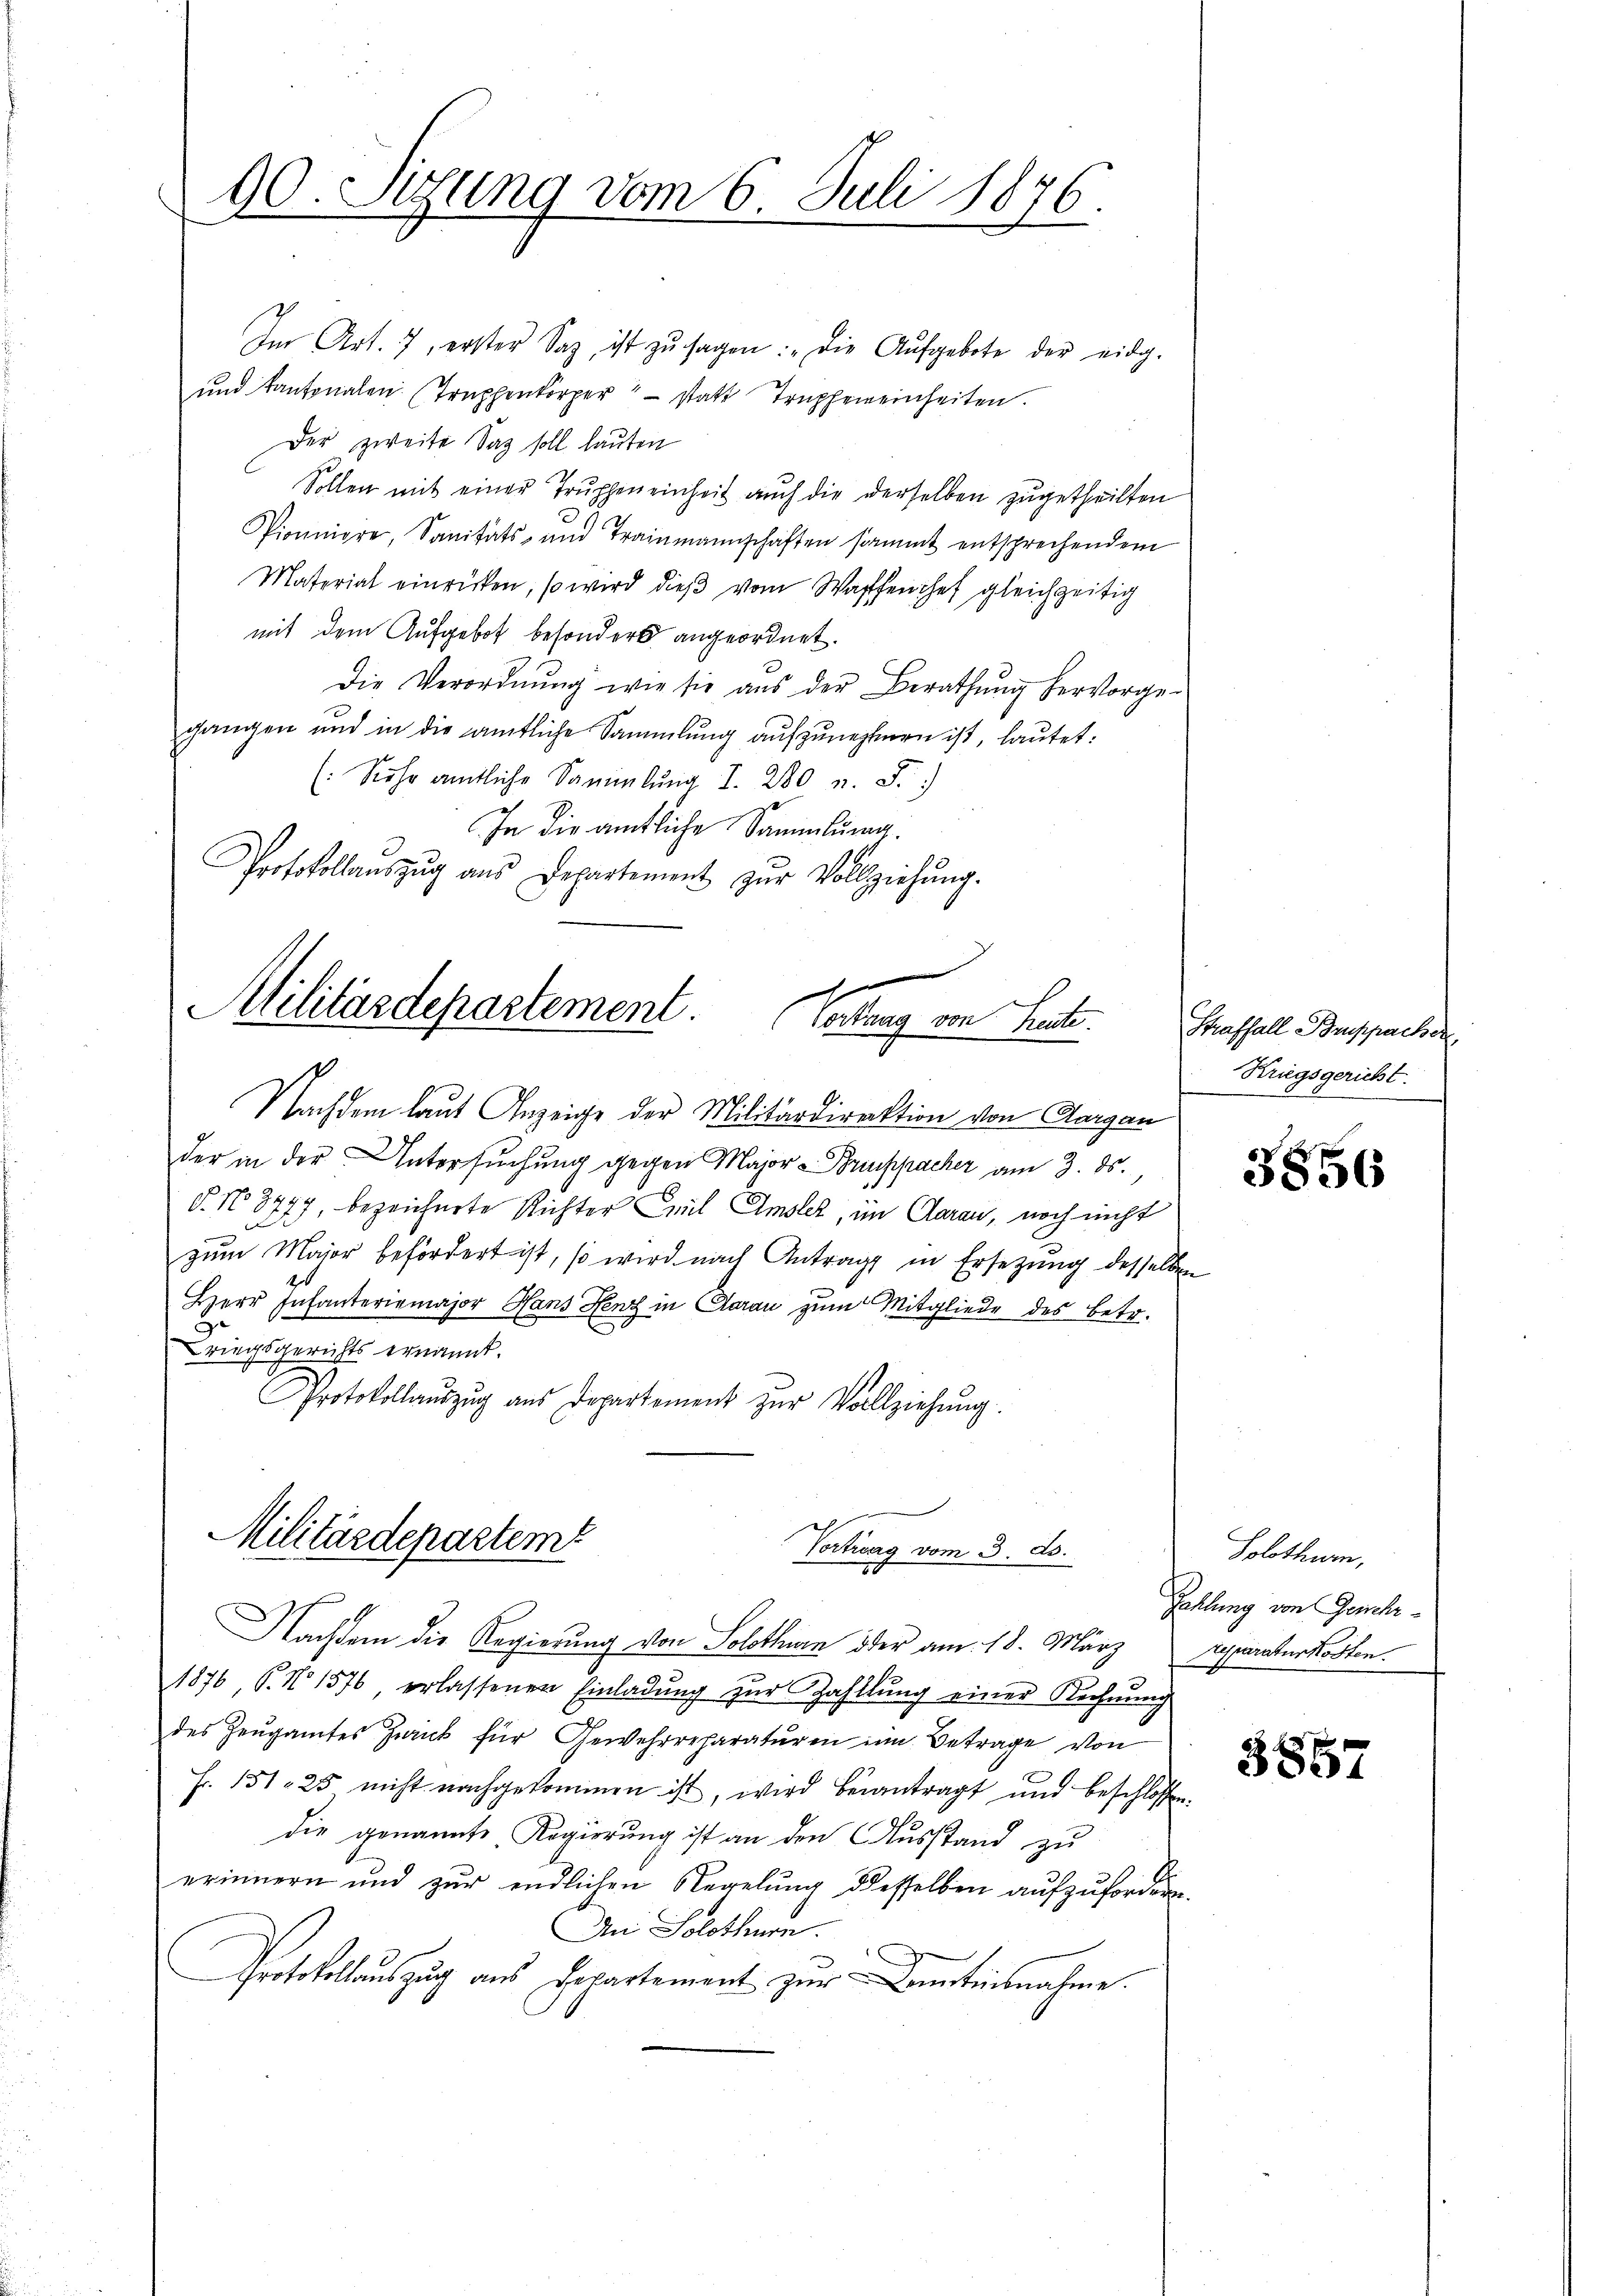
60 Sutung vom 6. Juli 1876
2

Im Art. 7, erster Sag, ist zŭ sagen: „Die Aŭfgebote der eidg.
und Kantonalen Traphenkörper statt Truphemeinheiten.
Der zweite Sag soll lauten
Sollen mit einer Truppeneinheit auch die derselben zugetheilten
Pionniere, Sanitäts- und Trainmannschaften sammt entsprechendem
Material einrücken, so wird dieβ vom Waffenchef gleichzeitig
mit dem Aufgebot besonders angeordnet.
Die Verordnŭng wie sie aŭs der Berathŭng hervorge-
gangen und in die amtliche Sammlung aufzunehmen ist, lautet:
(Sehr amtliche Sammlung I. 280 n. F.
In die amtliche Sammlung.
Protokollaŭszŭg aŭs Departement zŭr Vollziehŭng.

2
Militärdepartement. Vortrag von Heute.

Militärdepartem
Vortrag vom 3. d.
h
Nachdem die Regierung von Solothurn oder am 18. März

Nachdem laut Anzeige der Militärdirektion von Aargau
der in der Untersuchung gegen Major - Bruppacher am 3. ds.
§. No 8777, bezeichnete Richter Emil Amsler, im Garan, noch nicht
.
zum Major befördert ist, so wird nach Antrag in Ersetzung desselben
20
Herr Infanteriamajor Hans Henz in Aarau zum Mitgliede des Betr.
de
riegsgerichts ernannt.
Protokollaŭszŭg ans Departement zŭr Vollziehŭng.

1876 S. No 1576 erlassenen Einladŭng zŭr Zahllŭng einer Rechnung
des Zeugamtes Zurick für Gewehrreparaturen im Betrage von
Fr. 151. 25 nicht nachgekommen ist, wird beantragt und beschlossen
die genannte Regierung ist an den Ausstand zu
erinnern und zur endlichen Regelung desselben aufzufordern
An Solothurn.
Protokollaŭszŭg aŭs Departement zŭr Kenntnisnahme.

Thraffall Bespacher
Kriegsgericht.

3856

Solothurn,
Zahlung von Geneh¬
Separaturkosten.

385.